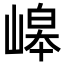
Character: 㟸